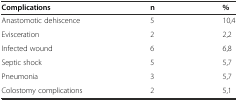
<table><thead><tr><td><b>Complications</b></td><td><b>n</b></td><td><b>%</b></td></tr></thead><tbody><tr><td>Anastomotic dehiscence</td><td>5</td><td>10,4</td></tr><tr><td>Evisceration</td><td>2</td><td>2,2</td></tr><tr><td>Infected wound</td><td>6</td><td>6,8</td></tr><tr><td>Septic shock</td><td>5</td><td>5,7</td></tr><tr><td>Pneumonia</td><td>3</td><td>5,7</td></tr><tr><td>Colostomy complications</td><td>2</td><td>5,1</td></tr></tbody></table>